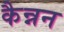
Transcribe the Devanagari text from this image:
कैन्नन